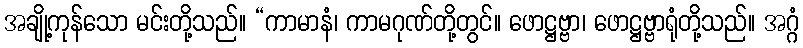
အချို့ကုန်သော မင်းတို့သည်။ “ကာမာနံ၊ ကာမဂုဏ်တို့တွင်။ ဖောဋ္ဌဗ္ဗာ၊ ဖောဋ္ဌဗ္ဗာရုံတို့သည်။ အဂ္ဂံ